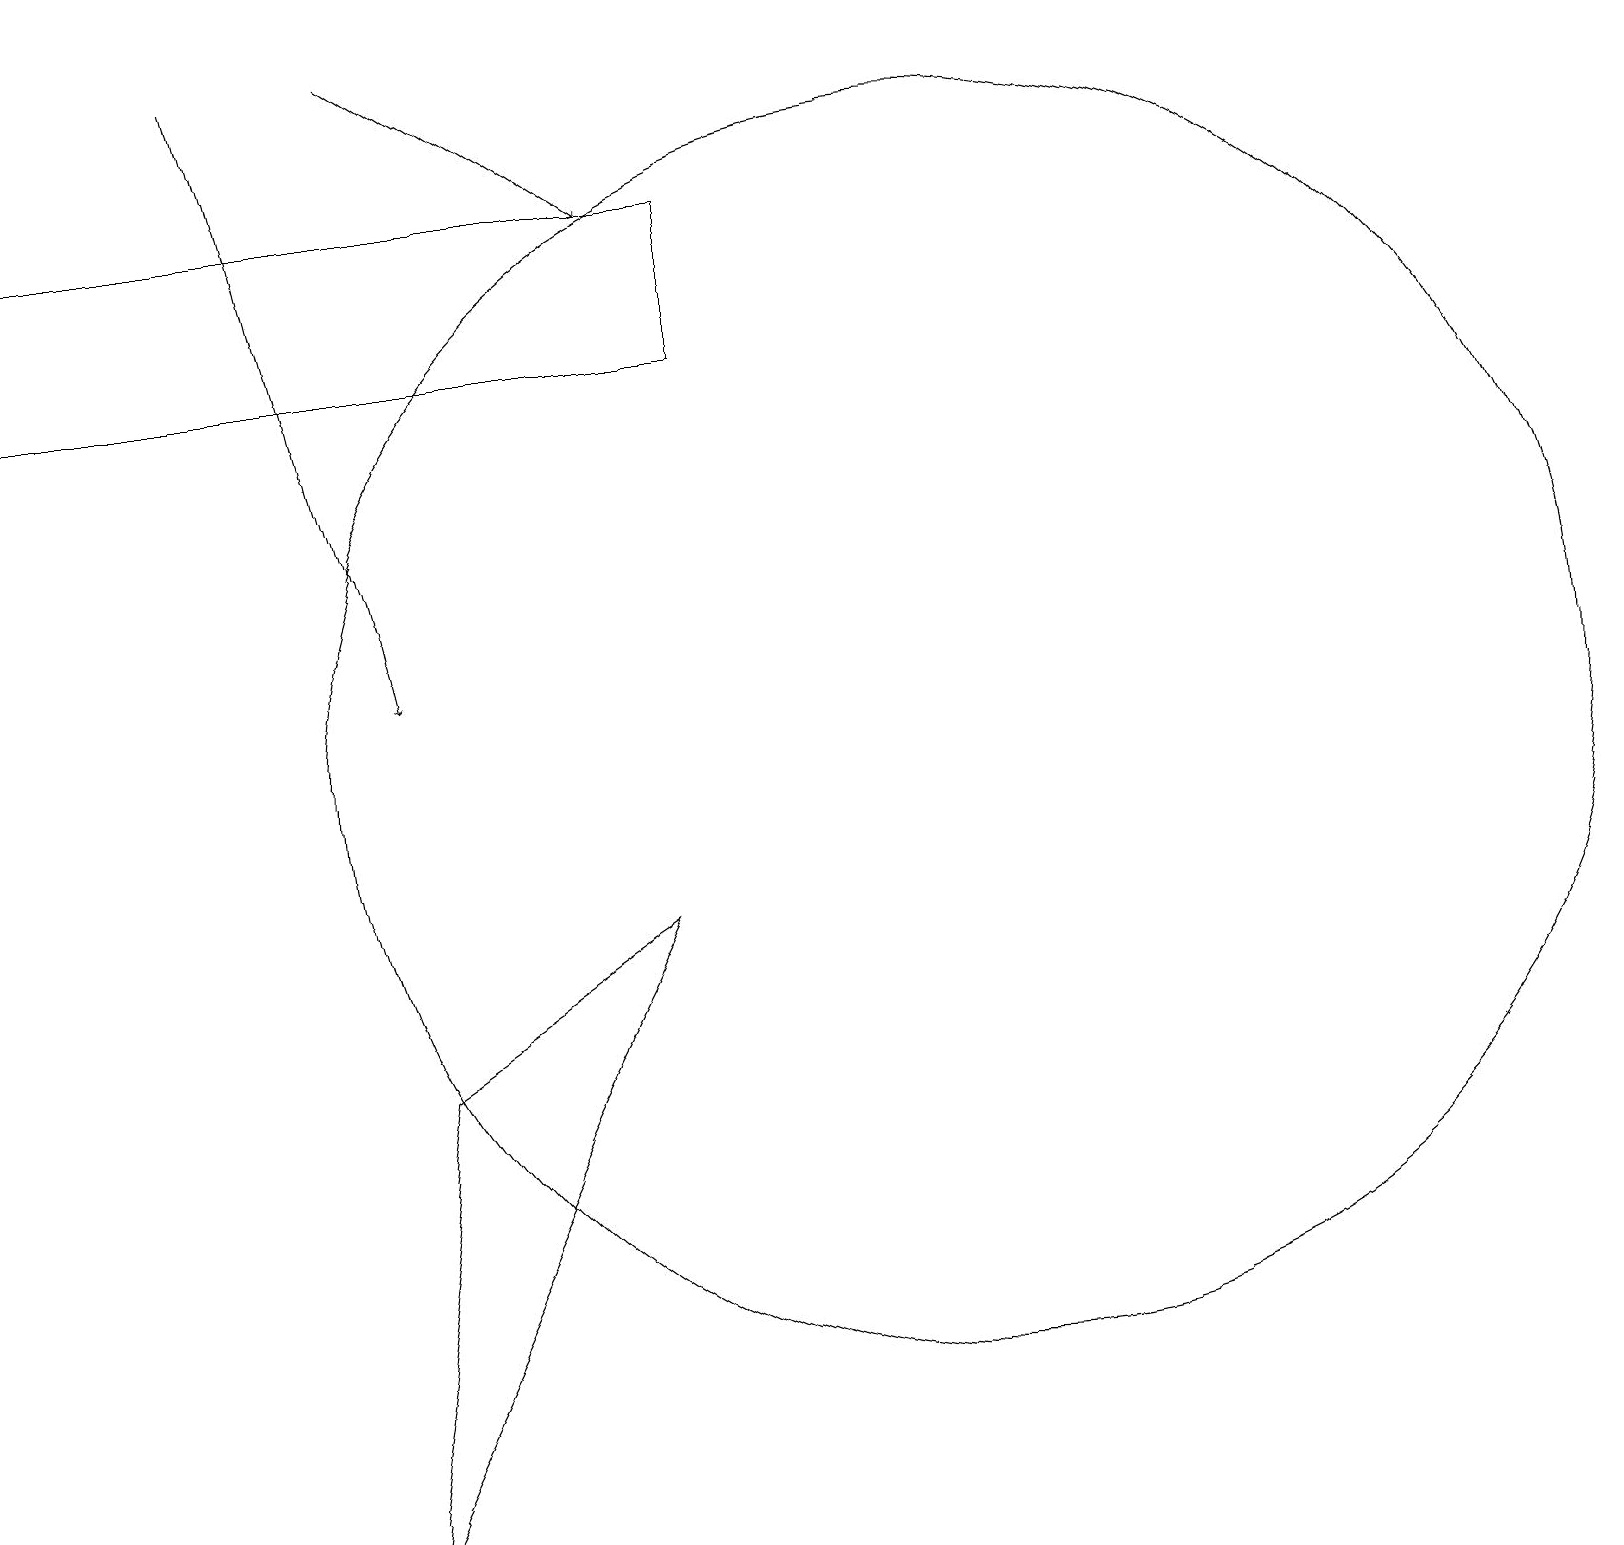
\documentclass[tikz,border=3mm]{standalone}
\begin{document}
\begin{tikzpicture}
\draw (12,10) circle (8);
\draw[->] (5,19) -- (8,17);
\draw (4,0) -- (5,6) -- (8,8) -- cycle;
\draw (9,15) rectangle (0,17);
\draw (12,12) circle (0);
\draw[->] (3,19) -- (5,11);
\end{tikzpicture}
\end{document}